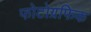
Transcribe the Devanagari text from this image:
फोटोग्रफिक